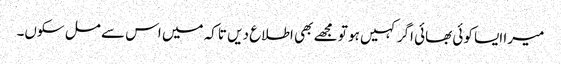
میرا ایسا کوئی بھائی اگر کہیں ہو تو مجھے بھی اطلاع دیں تاکہ میں اس سے مل سکوں۔